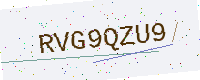
Text: RVG9QZU9